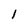
Character: 1